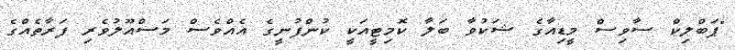
"ޕަބްލިކް ސާވިސް މީޑިއާގެ ޝަކުވާ ބަލާ ކޮމިޓީއަކީ ކުންފުނީގެ އެއްވެސް މަސްއޫލުވެރި ފަރާތެއްގެ